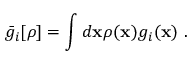
\bar { g } _ { i } [ \rho ] = \int d \mathbf { x } \rho ( \mathbf { x } ) g _ { i } ( \mathbf { x } ) ~ .